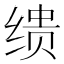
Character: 缋